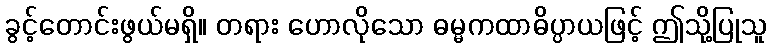
ခွင့်တောင်းဖွယ်မရှိ။ တရား ဟောလိုသော ဓမ္မကထာဓိပ္ပာယဖြင့် ဤသို့ပြုသူ